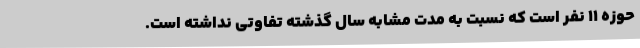
حوزه 11 نفر است که نسبت به مدت مشابه سال گذشته تفاوتی نداشته است.